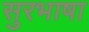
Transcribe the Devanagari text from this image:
सुरभाषा